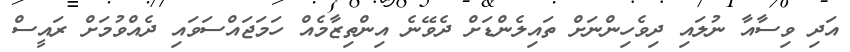
އަދި ވިސާއާ ނުލައި ދިވެހިންނަށް ތައިލެންޑަށް ދެވޭނެ އިންތިޒާމެއް ހަމަޖައްސަވައި ދެއްވުމަށް ރައީސް